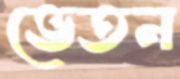
ভেতন